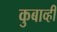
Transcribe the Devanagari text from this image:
कुबाव्ही